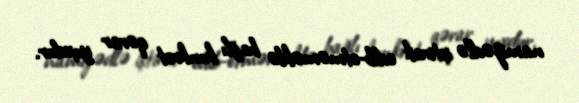
namizədlə iştirak edib-etməməklə bağlı konkret qərar yoxdur.